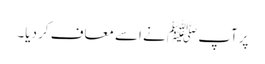
پرآپ ﷺ نے اسے معاف کر دیا۔